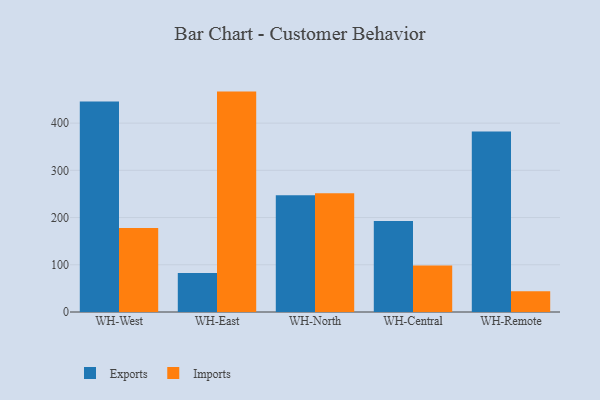
{"axis": {"x": "Warehouse", "y": "Tickets Resolved"}, "legend": ["Exports", "Imports"], "data": [{"x": "WH-West", "y": 445.9, "type": "Exports"}, {"x": "WH-West", "y": 178.1, "type": "Imports"}, {"x": "WH-East", "y": 82.4, "type": "Exports"}, {"x": "WH-East", "y": 466.7, "type": "Imports"}, {"x": "WH-North", "y": 247.3, "type": "Exports"}, {"x": "WH-North", "y": 251.3, "type": "Imports"}, {"x": "WH-Central", "y": 192.8, "type": "Exports"}, {"x": "WH-Central", "y": 98.5, "type": "Imports"}, {"x": "WH-Remote", "y": 382.0, "type": "Exports"}, {"x": "WH-Remote", "y": 43.9, "type": "Imports"}]}